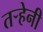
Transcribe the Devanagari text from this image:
तऱ्हेनी